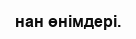
нан өнімдері.